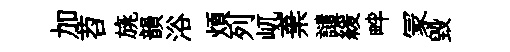
加苕旐韻浴煩列屼棄譴緩畔冡毀